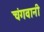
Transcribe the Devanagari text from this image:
चंगवानी